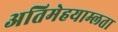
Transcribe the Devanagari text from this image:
अतिमेहयाम्लता